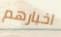
اخبارهم